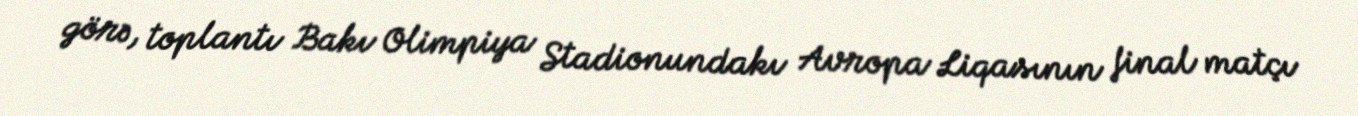
görə, toplantı Bakı Olimpiya Stadionundakı Avropa Liqasının final matçı